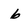
Character: 6